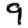
Digit: 9